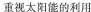
重视太阳能的利用